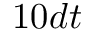
1 0 d t